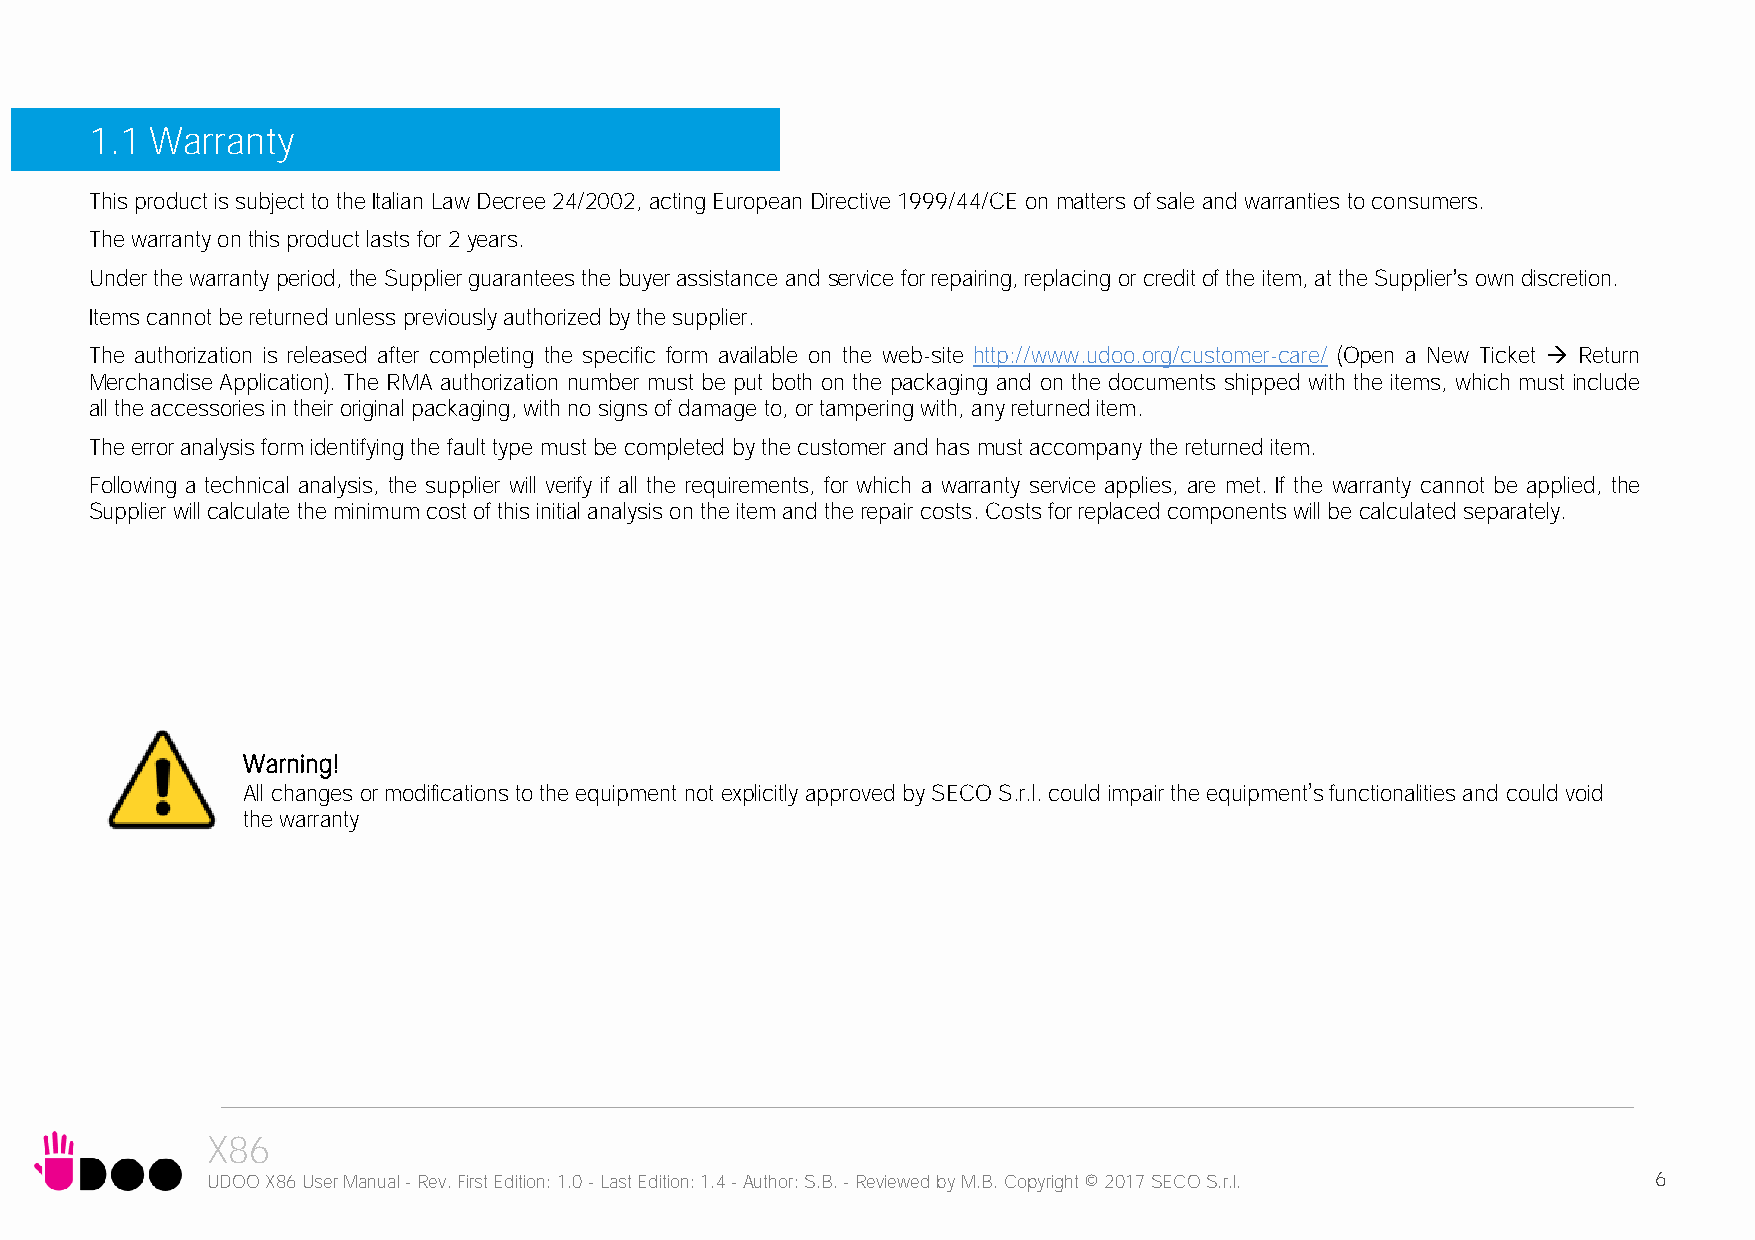
1.1 Warranty
 This product is subject to the Italian Law Decree 24/2002, acting European Directive 1999/44/CE on matters of sale and warranties to consumers.
 The warranty on this product lasts for 2 years.
 Under the warranty period, the Supplier guarantees the buyer assistance and service for repairing, replacing or credit of the item, at the Supplier’s own discretion.
 Items cannot be returned unless previously authorized by the supplier.
 The authorization is released after completing the specific form available on the web-site http://www.udoo.org/customer-care/ (Open a New Ticket  Return
 Merchandise Application). The RMA authorization number must be put both on the packaging and on the documents shipped with the items, which must include
 all the accessories in their original packaging, with no signs of damage to, or tampering with, any returned item.
 The error analysis form identifying the fault type must be completed by the customer and has must accompany the returned item.
 Following a technical analysis, the supplier will verify if all the requirements, for which a warranty service applies, are met. If the warranty cannot be applied, the
 Supplier will calculate the minimum cost of this initial analysis on the item and the repair costs. Costs for replaced components will be calculated separately.
 Warning!
 All changes or modifications to the equipment not explicitly approved by SECO S.r.l. could impair the equipment’s functionalities and could void
 the warranty
 X86
 UDOO X86 User Manual - Rev. First Edition: 1.0 - Last Edition: 1.4 - Author: S.B. - Reviewed by M.B. Copyright © 2017 SECO S.r.l. 6